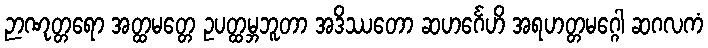
ဉာဏုတ္တရော အတ္ထမတ္တေ ဥပတ္ထမ္ဘဘူတာ အဒိဿတော ဆဟင်္ဂေဟိ အရဟတ္တမဂ္ဂေါ ဆဂလကံ